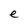
Character: e